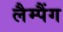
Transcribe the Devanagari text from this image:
लैम्पैंग